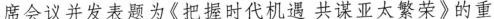
席会议并发表题为《把握时代机遇共谋亚太繁荣》的重